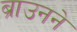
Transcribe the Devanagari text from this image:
ब्राउनने